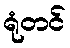
ရုံတင်